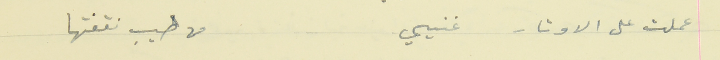
عملت على الاوتار غنيي                                      من طيب نقفتها